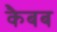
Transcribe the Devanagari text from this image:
कैबब